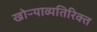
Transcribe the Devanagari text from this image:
खोऱ्याव्यतिरिक्त